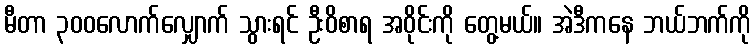
မီတာ ၃၀၀လောက်လျှောက် သွားရင် ဦးဝိစာရ အဝိုင်းကို တွေ့မယ်။ အဲဒီကနေ ဘယ်ဘက်ကို